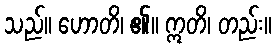
သည်။ ဟောတိ၊ ၏။ ဣတိ၊ တည်း။